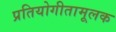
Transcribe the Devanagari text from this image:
प्रतियोगीतामूलक